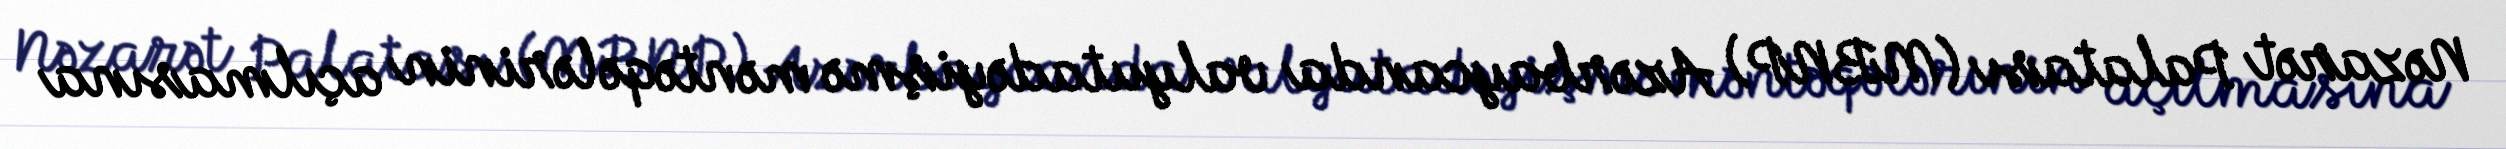
Nəzarət Palatası (MBNP) Azərbaycanda valyutadəyişmə məntəqələrinin açılmasına